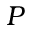
P